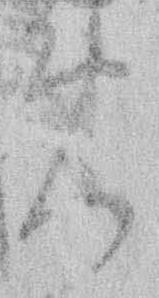
免